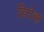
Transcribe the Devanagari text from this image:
डिपेक